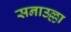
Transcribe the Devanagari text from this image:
सनाउल्ला